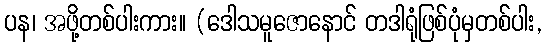
ပန၊ အဖို့တစ်ပါးကား။ (ဒေါသမူဇောနောင် တဒါရုံဖြစ်ပုံမှတစ်ပါး,